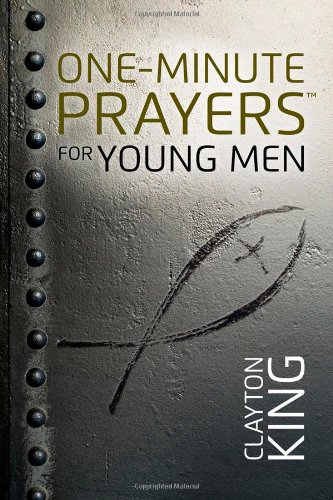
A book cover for One-Minute Prayers for Young Men; Clayton King; Christian Books & Bibles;